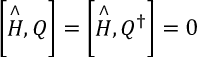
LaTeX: \left[ \stackrel { \wedge } { H } , Q \right] = \left[ \stackrel { \wedge } { H } , Q ^ { \dagger } \right] = 0